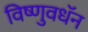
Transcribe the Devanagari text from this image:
विष्णुवधॅन